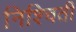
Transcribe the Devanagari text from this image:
निश्‍चिती